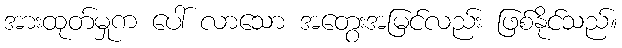
အားထုတ်မှုက ပေါ် လာသော အတွေးအမြင်လည်း ဖြစ်နိုင်သည်။